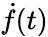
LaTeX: {\dot{f}}(t)